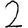
Digit: 2